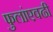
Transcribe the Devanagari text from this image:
फुलांएवढी